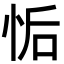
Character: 㤧